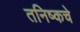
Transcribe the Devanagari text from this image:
तनिष्कचे